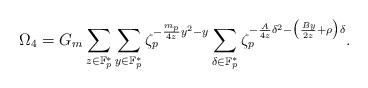
LaTeX: \begin{align*}\Omega_4= G_m \sum_{z\in \mathbb{F}_p^*}\sum_{y\in \mathbb{F}_p^*}\zeta_p^{-\frac{m_p}{4z}y^2-y}\sum_{\delta \in \mathbb{F}_p^*}\zeta_p^{- \frac{A}{4z} \delta^2 -\big( \frac{By}{2z}+\rho \big)\delta }.\end{align*}